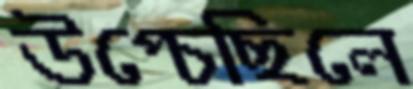
উপ্‌চেছিলে